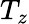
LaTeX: T_{z}